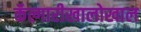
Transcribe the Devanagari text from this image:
कॅल्गारीखालोखाल